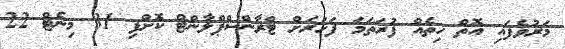
މަރުވެފައި އޮތް ހިތެއް ފުރަތަމަ ފަހަރަށް ޓްރާންސްޕްލާންޓް ކޮށްފި 31 މިނެޓް 22